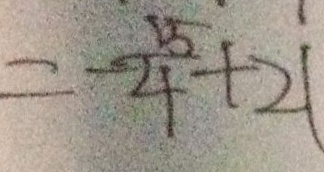
= - \frac { 1 5 } { 4 } + 2 1